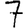
Digit: 7